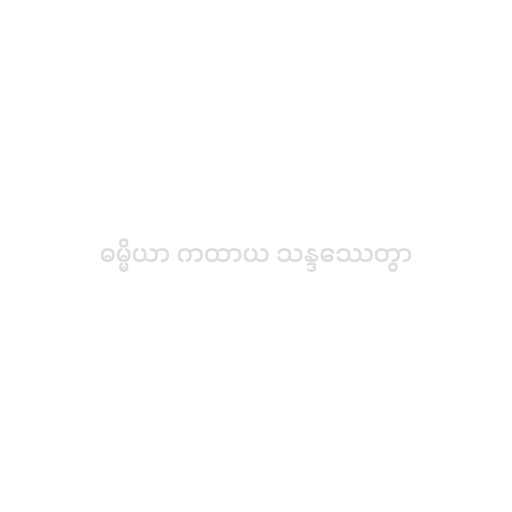
ဓမ္မိယာ ကထာယ သန္ဒဿေတွာ